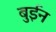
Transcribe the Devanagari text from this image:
बुईन